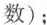
数）；